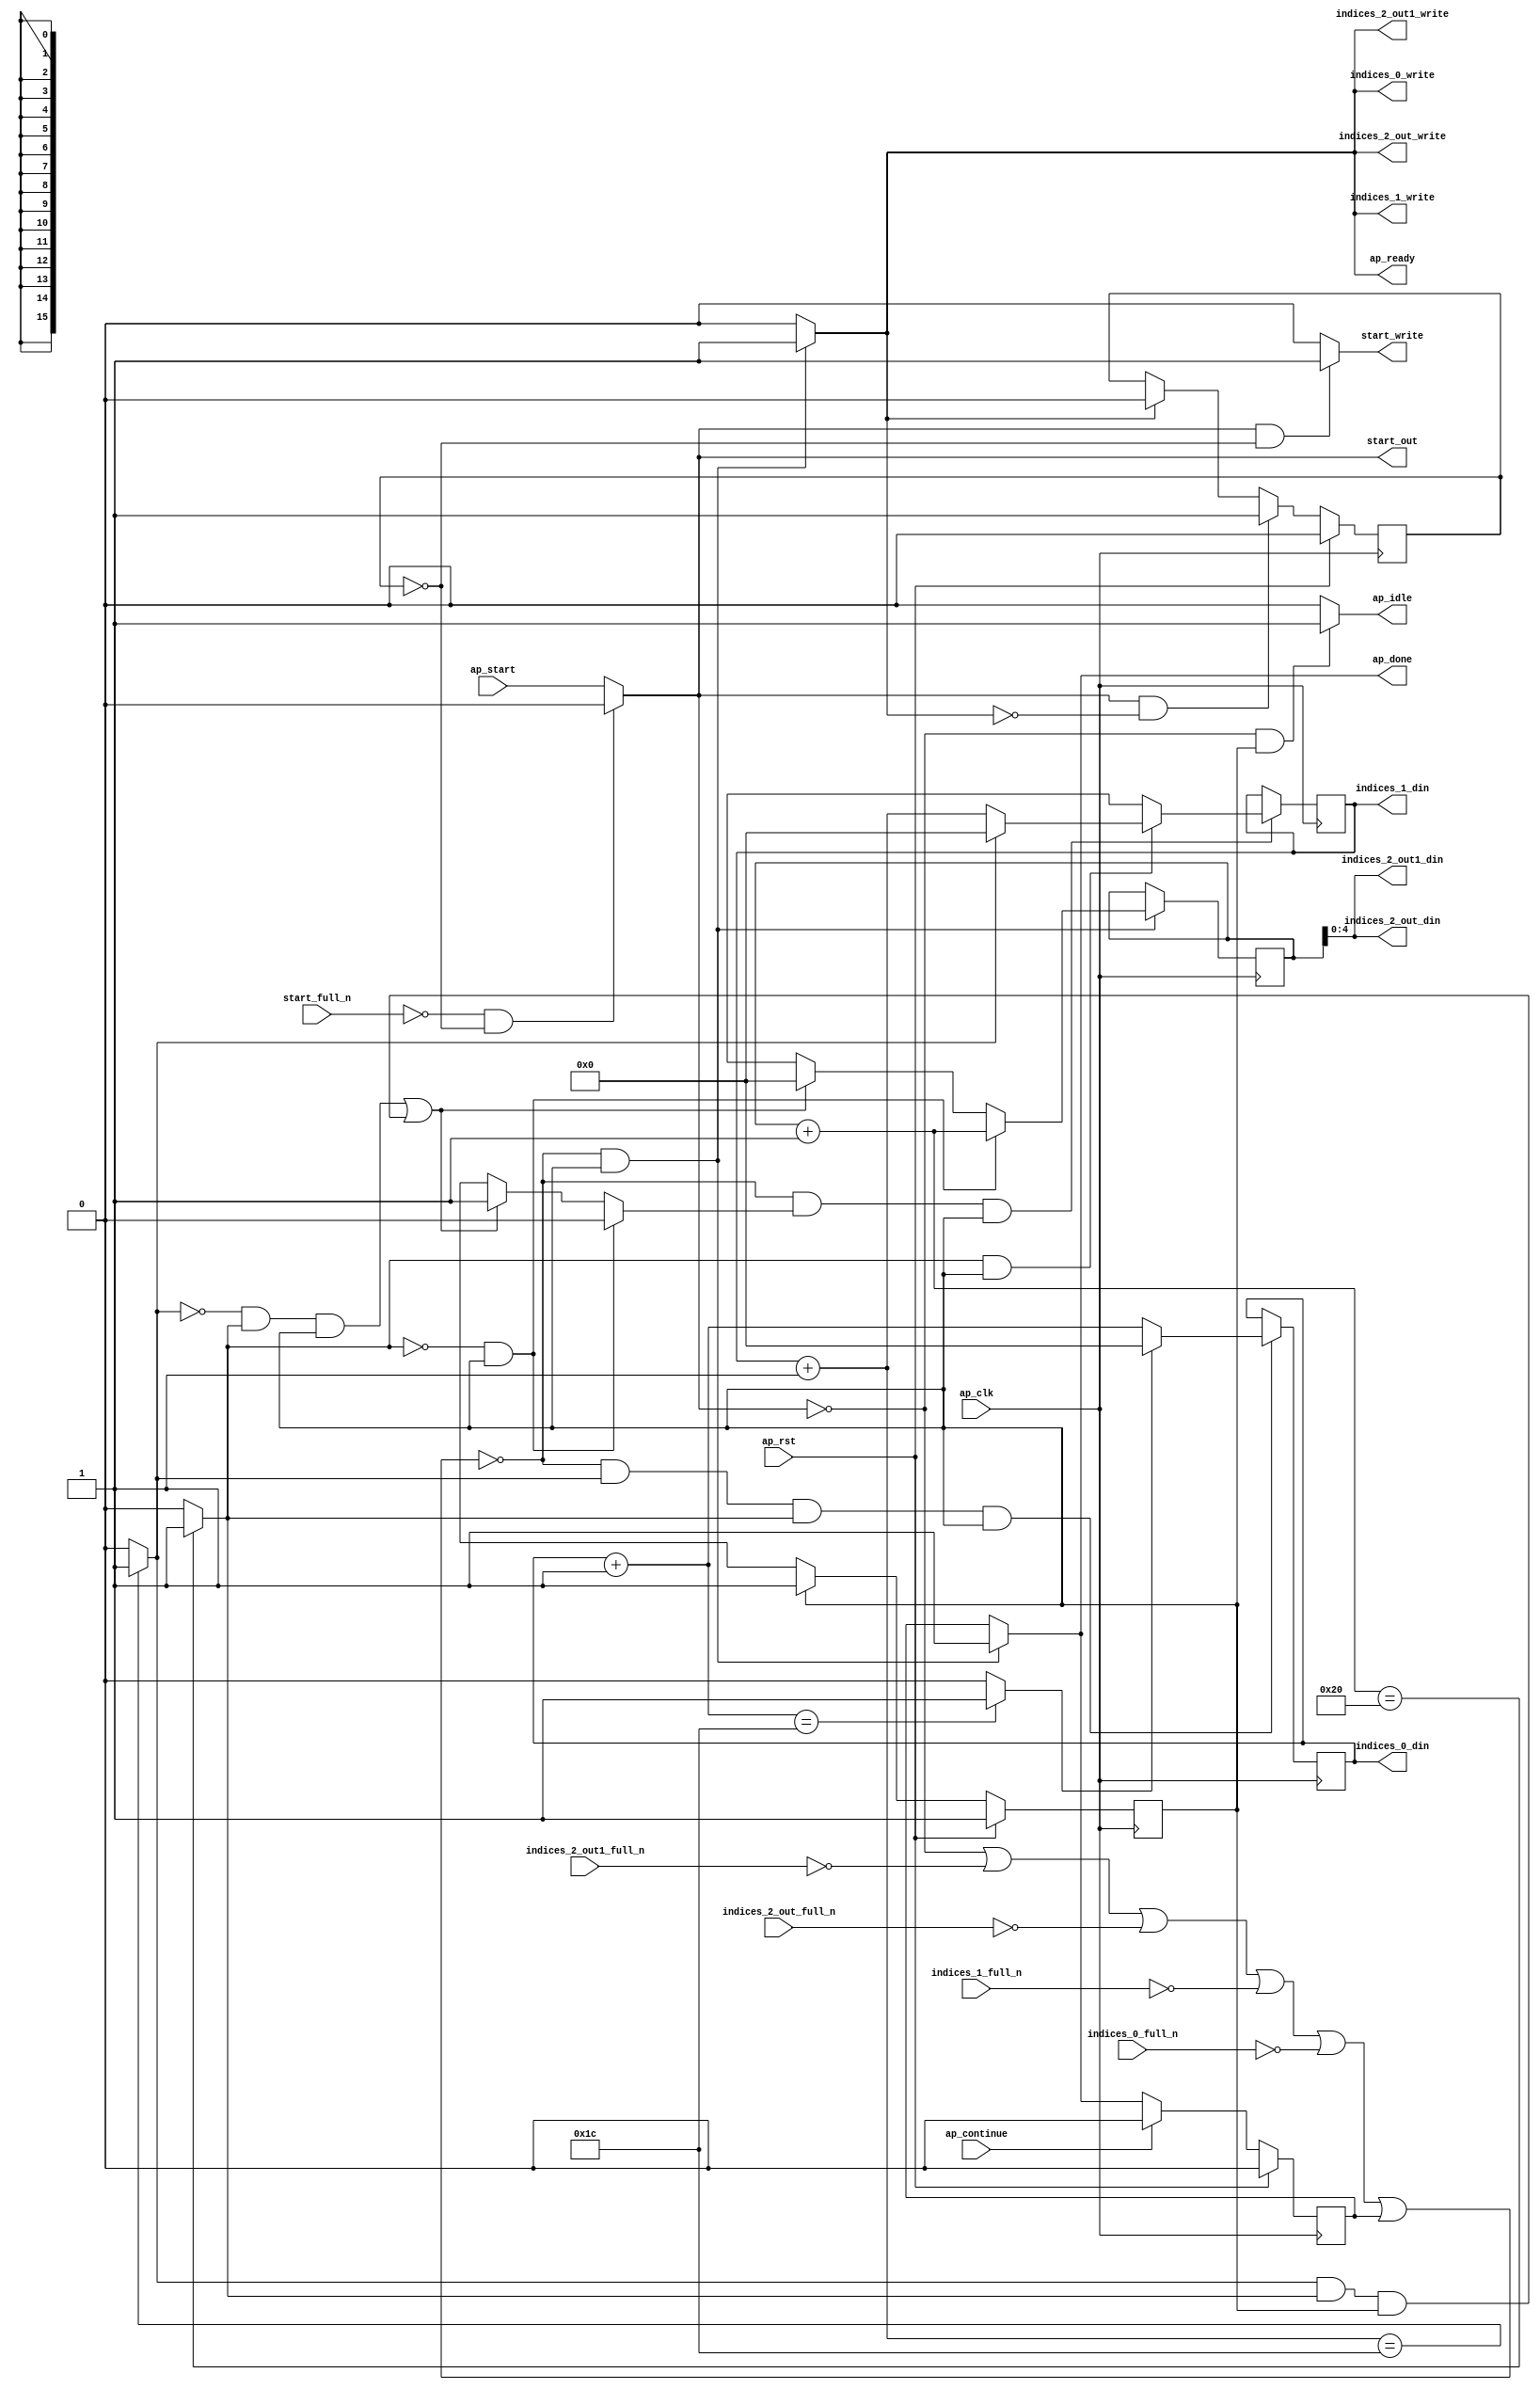
`define EXPONENT 5
`define MANTISSA 10
`define ACTUAL_MANTISSA 11
`define EXPONENT_LSB 10
`define EXPONENT_MSB 14
`define MANTISSA_LSB 0
`define MANTISSA_MSB 9
`define MANTISSA_MUL_SPLIT_LSB 3
`define MANTISSA_MUL_SPLIT_MSB 9
`define SIGN 1
`define SIGN_LOC 15
`define DWIDTH (`SIGN+`EXPONENT+`MANTISSA)
`define IEEE_COMPLIANCE 1

module td_fused_top_tdf6_get_next_ijk (
        ap_clk,
        ap_rst,
        ap_start,
        start_full_n,
        ap_done,
        ap_continue,
        ap_idle,
        ap_ready,
        start_out,
        start_write,
        indices_0_din,
        indices_0_full_n,
        indices_0_write,
        indices_1_din,
        indices_1_full_n,
        indices_1_write,
        indices_2_out_din,
        indices_2_out_full_n,
        indices_2_out_write,
        indices_2_out1_din,
        indices_2_out1_full_n,
        indices_2_out1_write
);

parameter    ap_ST_fsm_state1 = 1'd1;

input   ap_clk;
input   ap_rst;
input   ap_start;
input   start_full_n;
output   ap_done;
input   ap_continue;
output   ap_idle;
output   ap_ready;
output   start_out;
output   start_write;
output  [15:0] indices_0_din;
input   indices_0_full_n;
output   indices_0_write;
output  [15:0] indices_1_din;
input   indices_1_full_n;
output   indices_1_write;
output  [4:0] indices_2_out_din;
input   indices_2_out_full_n;
output   indices_2_out_write;
output  [4:0] indices_2_out1_din;
input   indices_2_out1_full_n;
output   indices_2_out1_write;

reg ap_done;
reg ap_idle;
reg start_write;
reg indices_0_write;
reg indices_1_write;
reg indices_2_out_write;
reg indices_2_out1_write;

reg    real_start;
reg    start_once_reg;
reg    ap_done_reg;
  reg   [0:0] ap_CS_fsm;
wire    ap_CS_fsm_state1;
reg    internal_ap_ready;
reg   [15:0] i_1;
reg   [15:0] j_1;
reg   [15:0] k_1;
reg    indices_0_blk_n;
reg    indices_1_blk_n;
reg    indices_2_out_blk_n;
reg    indices_2_out1_blk_n;
reg   [0:0] ap_phi_mux_j_17_flag_0_i_phi_fu_77_p6;
reg    ap_block_state1;
wire   [0:0] icmp_ln78_fu_141_p2;
wire   [0:0] icmp_ln81_fu_154_p2;
reg   [15:0] ap_phi_mux_j_17_new_0_i_phi_fu_91_p6;
wire   [15:0] add_ln80_fu_147_p2;
reg   [15:0] ap_phi_mux_k_17_new_0_i_phi_fu_104_p6;
wire   [15:0] add_ln77_fu_134_p2;
wire   [15:0] select_ln84_fu_172_p3;
wire   [4:0] trunc_ln76_fu_128_p1;
wire   [15:0] add_ln83_fu_160_p2;
wire   [0:0] icmp_ln84_fu_166_p2;
reg   [0:0] ap_NS_fsm;
wire    ap_ce_reg;

// power-on initialization
initial begin
#0 start_once_reg = 1'b0;
#0 ap_done_reg = 1'b0;
#0 ap_CS_fsm = 1'd1;
#0 i_1 = 16'd0;
#0 j_1 = 16'd0;
#0 k_1 = 16'd0;
end

always @ (posedge ap_clk) begin
    if (ap_rst == 1'b1) begin
        ap_CS_fsm <= ap_ST_fsm_state1;
    end else begin
        ap_CS_fsm <= ap_NS_fsm;
    end
end

always @ (posedge ap_clk) begin
    if (ap_rst == 1'b1) begin
        ap_done_reg <= 1'b0;
    end else begin
        if ((ap_continue == 1'b1)) begin
            ap_done_reg <= 1'b0;
        end else if ((~((real_start == 1'b0) | (indices_2_out1_full_n == 1'b0) | (indices_2_out_full_n == 1'b0) | (indices_1_full_n == 1'b0) | (indices_0_full_n == 1'b0) | (ap_done_reg == 1'b1)) & (1'b1 == ap_CS_fsm_state1))) begin
            ap_done_reg <= 1'b1;
        end
    end
end

always @ (posedge ap_clk) begin
    if (ap_rst == 1'b1) begin
        start_once_reg <= 1'b0;
    end else begin
        if (((real_start == 1'b1) & (internal_ap_ready == 1'b0))) begin
            start_once_reg <= 1'b1;
        end else if ((internal_ap_ready == 1'b1)) begin
            start_once_reg <= 1'b0;
        end
    end
end

always @ (posedge ap_clk) begin
    if ((~((real_start == 1'b0) | (indices_2_out1_full_n == 1'b0) | (indices_2_out_full_n == 1'b0) | (indices_1_full_n == 1'b0) | (indices_0_full_n == 1'b0) | (ap_done_reg == 1'b1)) & (icmp_ln81_fu_154_p2 == 1'd1) & (icmp_ln78_fu_141_p2 == 1'd1) & (1'b1 == ap_CS_fsm_state1))) begin
        i_1 <= select_ln84_fu_172_p3;
    end
end

always @ (posedge ap_clk) begin
    if ((~((real_start == 1'b0) | (indices_2_out1_full_n == 1'b0) | (indices_2_out_full_n == 1'b0) | (indices_1_full_n == 1'b0) | (indices_0_full_n == 1'b0) | (ap_done_reg == 1'b1)) & (ap_phi_mux_j_17_flag_0_i_phi_fu_77_p6 == 1'd1) & (1'b1 == ap_CS_fsm_state1))) begin
        j_1 <= ap_phi_mux_j_17_new_0_i_phi_fu_91_p6;
    end
end

always @ (posedge ap_clk) begin
    if ((~((real_start == 1'b0) | (indices_2_out1_full_n == 1'b0) | (indices_2_out_full_n == 1'b0) | (indices_1_full_n == 1'b0) | (indices_0_full_n == 1'b0) | (ap_done_reg == 1'b1)) & (1'b1 == ap_CS_fsm_state1))) begin
        k_1 <= ap_phi_mux_k_17_new_0_i_phi_fu_104_p6;
    end
end

always @ (*) begin
    if ((~((real_start == 1'b0) | (indices_2_out1_full_n == 1'b0) | (indices_2_out_full_n == 1'b0) | (indices_1_full_n == 1'b0) | (indices_0_full_n == 1'b0) | (ap_done_reg == 1'b1)) & (1'b1 == ap_CS_fsm_state1))) begin
        ap_done = 1'b1;
    end else begin
        ap_done = ap_done_reg;
    end
end

always @ (*) begin
    if (((real_start == 1'b0) & (1'b1 == ap_CS_fsm_state1))) begin
        ap_idle = 1'b1;
    end else begin
        ap_idle = 1'b0;
    end
end

always @ (*) begin
    if (((icmp_ln78_fu_141_p2 == 1'd0) & (1'b1 == ap_CS_fsm_state1))) begin
        ap_phi_mux_j_17_flag_0_i_phi_fu_77_p6 = 1'd0;
    end else if ((((icmp_ln81_fu_154_p2 == 1'd0) & (icmp_ln78_fu_141_p2 == 1'd1) & (1'b1 == ap_CS_fsm_state1)) | ((icmp_ln81_fu_154_p2 == 1'd1) & (icmp_ln78_fu_141_p2 == 1'd1) & (1'b1 == ap_CS_fsm_state1)))) begin
        ap_phi_mux_j_17_flag_0_i_phi_fu_77_p6 = 1'd1;
    end else begin
        ap_phi_mux_j_17_flag_0_i_phi_fu_77_p6 = 'bx;
    end
end

always @ (*) begin
    if (((icmp_ln78_fu_141_p2 == 1'd1) & (1'b1 == ap_CS_fsm_state1))) begin
        if ((icmp_ln81_fu_154_p2 == 1'd0)) begin
            ap_phi_mux_j_17_new_0_i_phi_fu_91_p6 = add_ln80_fu_147_p2;
        end else if ((icmp_ln81_fu_154_p2 == 1'd1)) begin
            ap_phi_mux_j_17_new_0_i_phi_fu_91_p6 = 16'd0;
        end else begin
            ap_phi_mux_j_17_new_0_i_phi_fu_91_p6 = 'bx;
        end
    end else begin
        ap_phi_mux_j_17_new_0_i_phi_fu_91_p6 = 'bx;
    end
end

always @ (*) begin
    if (((icmp_ln78_fu_141_p2 == 1'd0) & (1'b1 == ap_CS_fsm_state1))) begin
        ap_phi_mux_k_17_new_0_i_phi_fu_104_p6 = add_ln77_fu_134_p2;
    end else if ((((icmp_ln81_fu_154_p2 == 1'd0) & (icmp_ln78_fu_141_p2 == 1'd1) & (1'b1 == ap_CS_fsm_state1)) | ((icmp_ln81_fu_154_p2 == 1'd1) & (icmp_ln78_fu_141_p2 == 1'd1) & (1'b1 == ap_CS_fsm_state1)))) begin
        ap_phi_mux_k_17_new_0_i_phi_fu_104_p6 = 16'd0;
    end else begin
        ap_phi_mux_k_17_new_0_i_phi_fu_104_p6 = 'bx;
    end
end

always @ (*) begin
    if ((~((real_start == 1'b0) | (ap_done_reg == 1'b1)) & (1'b1 == ap_CS_fsm_state1))) begin
        indices_0_blk_n = indices_0_full_n;
    end else begin
        indices_0_blk_n = 1'b1;
    end
end

always @ (*) begin
    if ((~((real_start == 1'b0) | (indices_2_out1_full_n == 1'b0) | (indices_2_out_full_n == 1'b0) | (indices_1_full_n == 1'b0) | (indices_0_full_n == 1'b0) | (ap_done_reg == 1'b1)) & (1'b1 == ap_CS_fsm_state1))) begin
        indices_0_write = 1'b1;
    end else begin
        indices_0_write = 1'b0;
    end
end

always @ (*) begin
    if ((~((real_start == 1'b0) | (ap_done_reg == 1'b1)) & (1'b1 == ap_CS_fsm_state1))) begin
        indices_1_blk_n = indices_1_full_n;
    end else begin
        indices_1_blk_n = 1'b1;
    end
end

always @ (*) begin
    if ((~((real_start == 1'b0) | (indices_2_out1_full_n == 1'b0) | (indices_2_out_full_n == 1'b0) | (indices_1_full_n == 1'b0) | (indices_0_full_n == 1'b0) | (ap_done_reg == 1'b1)) & (1'b1 == ap_CS_fsm_state1))) begin
        indices_1_write = 1'b1;
    end else begin
        indices_1_write = 1'b0;
    end
end

always @ (*) begin
    if ((~((real_start == 1'b0) | (ap_done_reg == 1'b1)) & (1'b1 == ap_CS_fsm_state1))) begin
        indices_2_out1_blk_n = indices_2_out1_full_n;
    end else begin
        indices_2_out1_blk_n = 1'b1;
    end
end

always @ (*) begin
    if ((~((real_start == 1'b0) | (indices_2_out1_full_n == 1'b0) | (indices_2_out_full_n == 1'b0) | (indices_1_full_n == 1'b0) | (indices_0_full_n == 1'b0) | (ap_done_reg == 1'b1)) & (1'b1 == ap_CS_fsm_state1))) begin
        indices_2_out1_write = 1'b1;
    end else begin
        indices_2_out1_write = 1'b0;
    end
end

always @ (*) begin
    if ((~((real_start == 1'b0) | (ap_done_reg == 1'b1)) & (1'b1 == ap_CS_fsm_state1))) begin
        indices_2_out_blk_n = indices_2_out_full_n;
    end else begin
        indices_2_out_blk_n = 1'b1;
    end
end

always @ (*) begin
    if ((~((real_start == 1'b0) | (indices_2_out1_full_n == 1'b0) | (indices_2_out_full_n == 1'b0) | (indices_1_full_n == 1'b0) | (indices_0_full_n == 1'b0) | (ap_done_reg == 1'b1)) & (1'b1 == ap_CS_fsm_state1))) begin
        indices_2_out_write = 1'b1;
    end else begin
        indices_2_out_write = 1'b0;
    end
end

always @ (*) begin
    if ((~((real_start == 1'b0) | (indices_2_out1_full_n == 1'b0) | (indices_2_out_full_n == 1'b0) | (indices_1_full_n == 1'b0) | (indices_0_full_n == 1'b0) | (ap_done_reg == 1'b1)) & (1'b1 == ap_CS_fsm_state1))) begin
        internal_ap_ready = 1'b1;
    end else begin
        internal_ap_ready = 1'b0;
    end
end

always @ (*) begin
    if (((start_full_n == 1'b0) & (start_once_reg == 1'b0))) begin
        real_start = 1'b0;
    end else begin
        real_start = ap_start;
    end
end

always @ (*) begin
    if (((real_start == 1'b1) & (start_once_reg == 1'b0))) begin
        start_write = 1'b1;
    end else begin
        start_write = 1'b0;
    end
end

always @ (*) begin
    case (ap_CS_fsm)
        ap_ST_fsm_state1 : begin
            ap_NS_fsm = ap_ST_fsm_state1;
        end
        default : begin
            ap_NS_fsm = 'bx;
        end
    endcase
end

assign add_ln77_fu_134_p2 = (k_1 + 16'd1);

assign add_ln80_fu_147_p2 = (j_1 + 16'd1);

assign add_ln83_fu_160_p2 = (i_1 + 16'd1);

assign ap_CS_fsm_state1 = ap_CS_fsm[32'd0];

always @ (*) begin
    ap_block_state1 = ((real_start == 1'b0) | (indices_2_out1_full_n == 1'b0) | (indices_2_out_full_n == 1'b0) | (indices_1_full_n == 1'b0) | (indices_0_full_n == 1'b0) | (ap_done_reg == 1'b1));
end

assign ap_ready = internal_ap_ready;

assign icmp_ln78_fu_141_p2 = ((add_ln77_fu_134_p2 == 16'd32) ? 1'b1 : 1'b0);

assign icmp_ln81_fu_154_p2 = ((add_ln80_fu_147_p2 == 16'd28) ? 1'b1 : 1'b0);

assign icmp_ln84_fu_166_p2 = ((add_ln83_fu_160_p2 == 16'd28) ? 1'b1 : 1'b0);

assign indices_0_din = i_1;

assign indices_1_din = j_1;

assign indices_2_out1_din = trunc_ln76_fu_128_p1;

assign indices_2_out_din = trunc_ln76_fu_128_p1;

assign select_ln84_fu_172_p3 = ((icmp_ln84_fu_166_p2[0:0] == 1'b1) ? 16'd0 : add_ln83_fu_160_p2);

assign start_out = real_start;

assign trunc_ln76_fu_128_p1 = k_1[4:0];

endmodule //td_fused_top_tdf6_get_next_ijk